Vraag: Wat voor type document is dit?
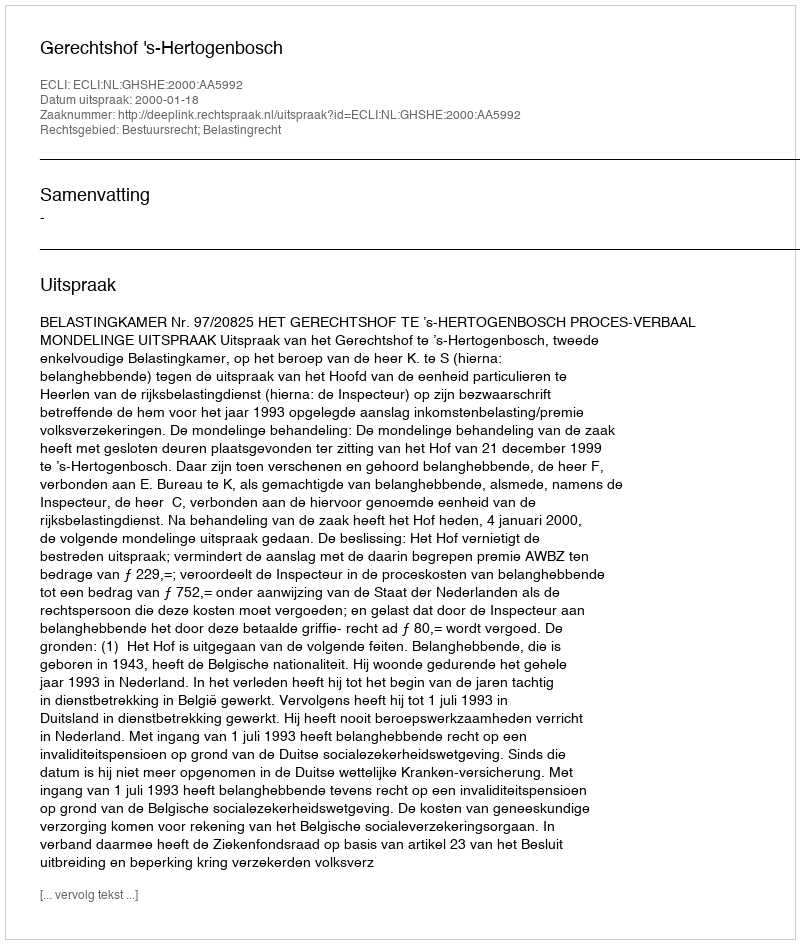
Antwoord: Uitspraak